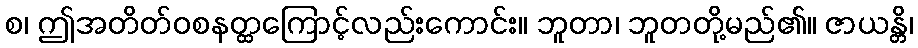
စ၊ ဤအတိတ်ဝစနတ္ထကြောင့်လည်းကောင်း။ ဘူတာ၊ ဘူတတို့မည်၏။ ဇာယန္တိ၊